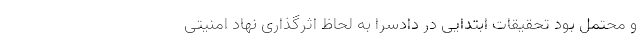
و محتمل بود تحقیقات ابتدایی در دادسرا به‌ لحاظ اثرگذاری نهاد امنیتی